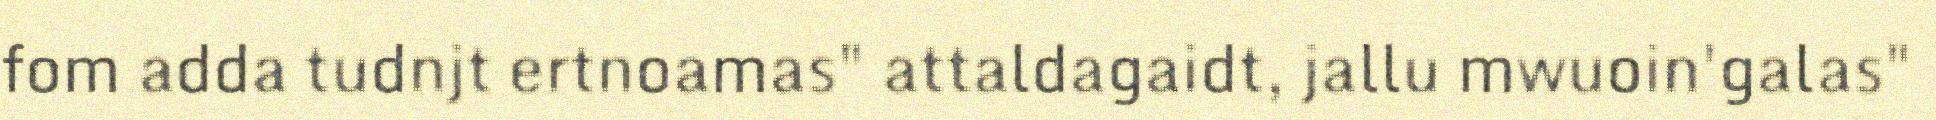
fom adda tudnjt ertnoamas" attaldagaidt, jallu mwuoin'galas"